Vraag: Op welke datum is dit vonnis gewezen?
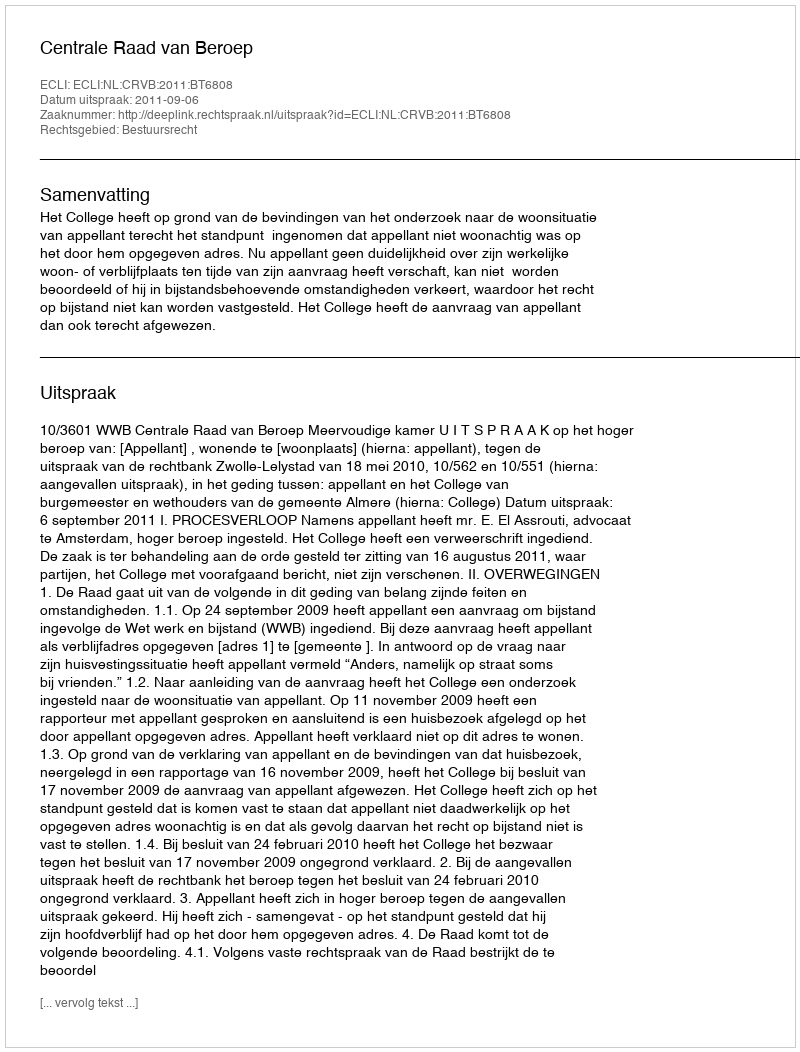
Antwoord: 2011-09-06